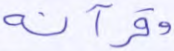
وقرآنه